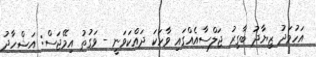
އަހުމަދު ޒިޔާދު ބާގިރު ޖަލްސާއެއްގައި ވާހަކަ ދައްކަވަނީ - ވަގުތު އިމޭޖަސް: އަޝްހާދު